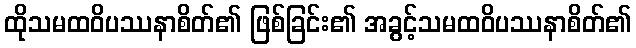
ထိုသမထဝိပဿနာစိတ်၏ ဖြစ်ခြင်း၏ အခွင့်သမထဝိပဿနာစိတ်၏